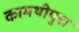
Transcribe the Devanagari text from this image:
कामथीपुरा